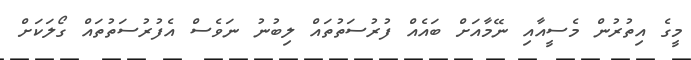
މީގެ އިތުރުން މެސީއާއި ނޭމާއަށް ބައެއް ފުރުސަތުތައް ލިބުނު ނަވެސް އެފުރުސަތުތައް ގޯލަކަށް